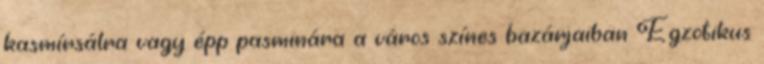
kasmírsálra vagy épp pasminára a város színes bazárjaiban Egzotikus